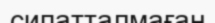
сипатталмаған